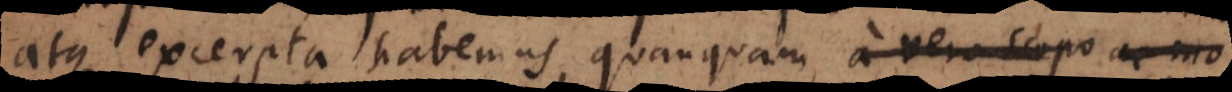
atque excerpta habemus, quanquam a vero scopo ac mo